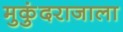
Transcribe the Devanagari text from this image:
मुकुंदराजाला